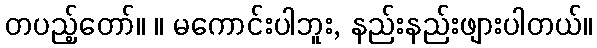
တပည့်တော်။ ။ မကောင်းပါဘူး, နည်းနည်းဖျားပါတယ်။